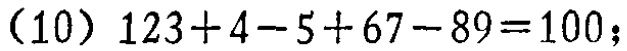
\((10)\ 123 + 4 - 5 + 67 - 89 = 100;\)